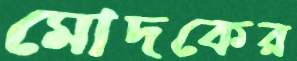
মোদকের